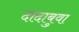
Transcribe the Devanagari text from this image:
दादाबुवा